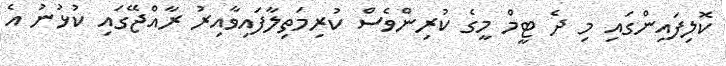
ކޮލިފައިންގައި މި ދެ ޓީމް މީގެ ކުރިންވެސް ކުރިމަތިލާފައިވާއިރު ރާއްޖޭގައި ކުޅުނު އެ